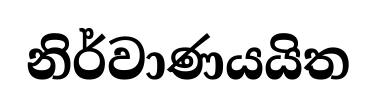
නිර්වාණයයිත